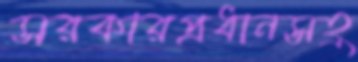
সরকারপ্রধানসহ্র